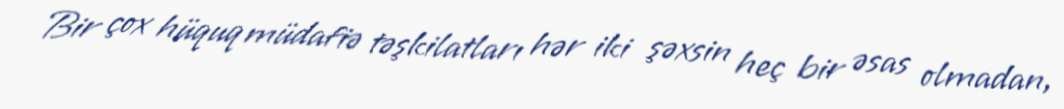
Bir çox hüquq müdafiə təşkilatları hər iki şəxsin heç bir əsas olmadan,